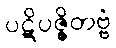
ပဋိပဇ္ဇိတဗ္ဗံ